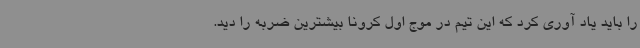
را باید یاد آوری کرد که این تیم در موج اول کرونا بیشترین ضربه را دید.